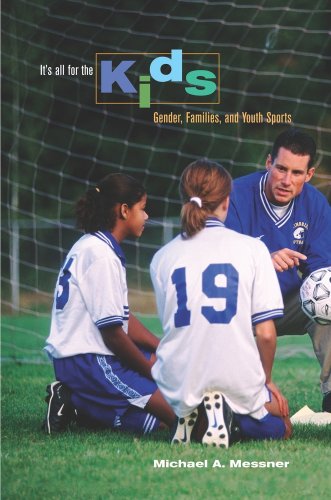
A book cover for It's All for the Kids: Gender, Families, and Youth Sports; MichÃ¦l A. Messner; Sports & Outdoors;